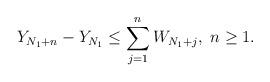
LaTeX: \begin{align*}Y_{N_1 + n} - Y_{N_1} \leq \sum_{j=1}^n W_{N_1 + j},\; n \geq 1.\end{align*}